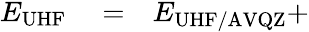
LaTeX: \begin{array}{rlr}{E_{\mathrm{UHF}}}&{{}=}&{E_{\mathrm{UHF/AVQZ}}+}\end{array}